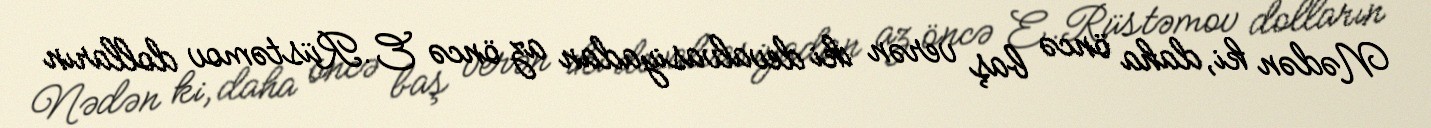
Nədən ki, daha öncə baş verən iki devalvasiyadan az öncə E.Rüstəmov dolların